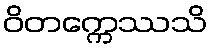
ဝိတက္ကေဿသိ